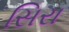
સિરા